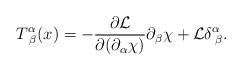
LaTeX: \begin{align*}T_{\,\,\beta }^\alpha (x)=-\frac{\partial \mathcal{L}}{\partial (\partial_\alpha \chi )}\partial _\beta \chi +\mathcal{L}\delta _{\,\,\beta }^\alpha.\end{align*}